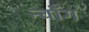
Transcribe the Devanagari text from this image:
न्वाँग